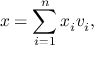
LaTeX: x = \sum _ { i = 1 } ^ { n } x _ { i } v _ { i } ,